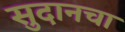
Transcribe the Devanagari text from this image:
सुदानचा